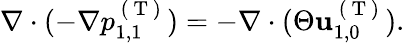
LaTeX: \begin{array}{r}{\nabla\cdot(-\nabla p_{1,1}^{\mathrm{~(~T~)~}})=-\nabla\cdot(\Theta\mathbf{u}_{1,0}^{\mathrm{~(~T~)~}}).}\end{array}